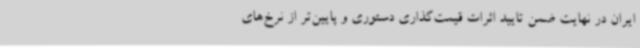
ایران در نهایت ضمن تایید اثرات قیمت‌گذاری دستوری و پایین‌تر از نرخ‌های